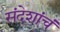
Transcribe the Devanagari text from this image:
संदेशांचं